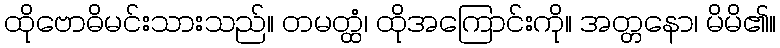
ထိုဗောဓိမင်းသားသည်။ တမတ္ထံ၊ ထိုအကြောင်းကို။ အတ္တနော၊ မိမိ၏။